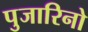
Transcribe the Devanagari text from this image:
पुजारिनो